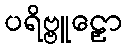
ပရိဗ္ဗူဠှော